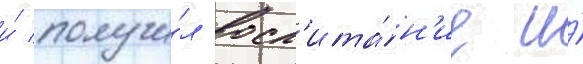
и́ получи́л восп'ита́н'ие и́